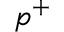
p ^ { + }